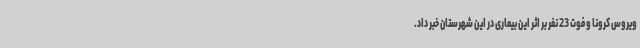
ویروس کرونا و فوت 23 نفر بر اثر این بیماری در این شهرستان خبر داد.